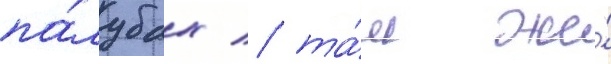
па́лубах / та́м же́